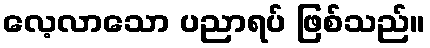
လေ့လာသော ပညာရပ် ဖြစ်သည်။